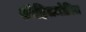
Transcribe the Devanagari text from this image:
श्रीहितमोहित